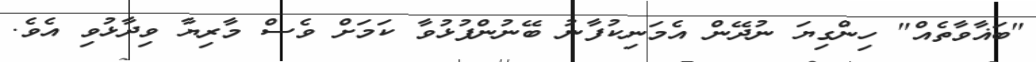
"ބަޣާވާތެއް" ހިންގިޔަ ނުދޭން އެމަނިކުފާނު ބޭނުންފުޅުވާ ކަމަށް ވެސް މާރިޔާ ވިދާޅުވި އެވެ.